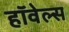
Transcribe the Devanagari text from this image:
हॉवेल्स